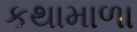
કથામાળા